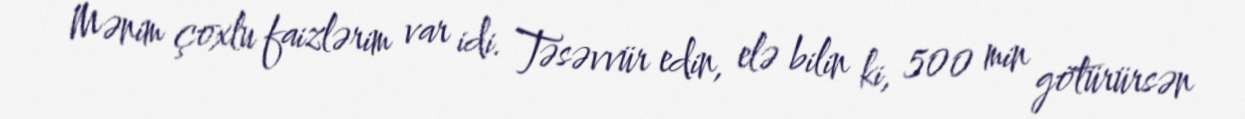
Mənim çoxlu faizlərim var idi. Təsəvvür edin, elə bilin ki, 500 min götürürsən